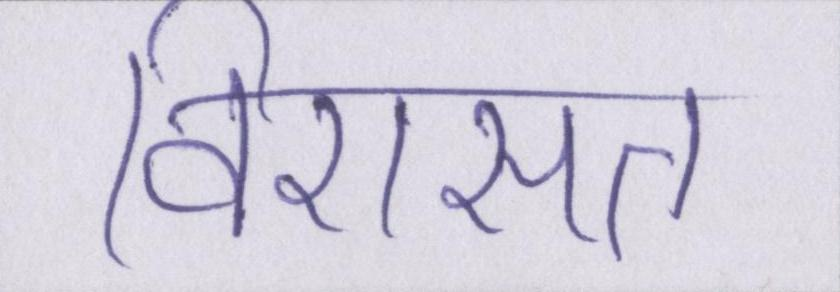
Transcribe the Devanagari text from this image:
विरासत